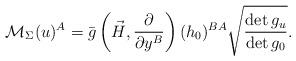
LaTeX: \begin{align*}\mathcal{M}_\Sigma (u)^A=\bar{g}\left(\vec{H},\frac{\partial} {\partial y^B}\right)(h_0)^{BA} \sqrt{\frac{\det g_u }{\det g_0}}. \end{align*}